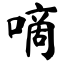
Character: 嘀